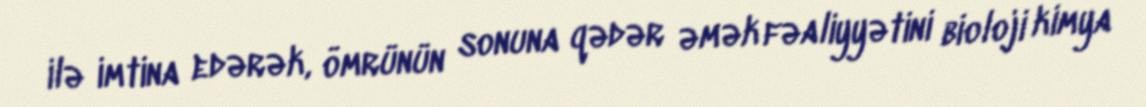
ilə imtina edərək, ömrünün sonuna qədər əmək fəaliyyətini bioloji kimya